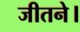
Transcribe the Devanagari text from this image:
जीतने।